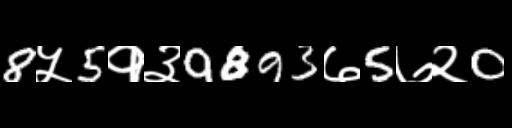
Text: 8५5१३9893७5७२0